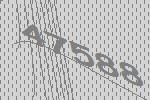
47588